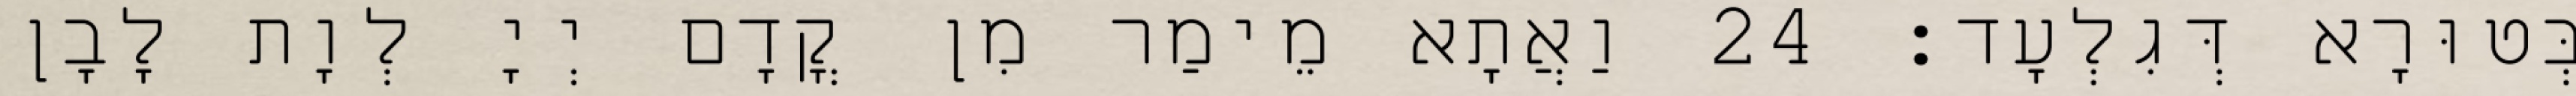
בְּטוּרָא דְּגִלְעָד׃ 24 וַאֲתָא מֵימַר מִן קֳדָם יְיָ לְוָת לָבָן